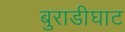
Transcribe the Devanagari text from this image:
बुराडीघाट